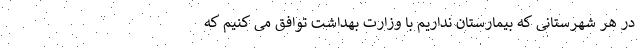
در هر شهرستانی که بیمارستان نداریم با وزارت بهداشت توافق می کنیم که